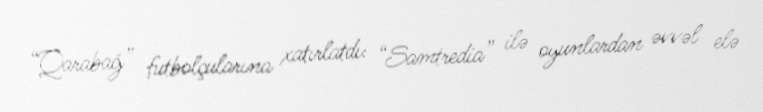
“Qarabağ” futbolçularına xatırlatdı: “Samtredia” ilə oyunlardan əvvəl elə